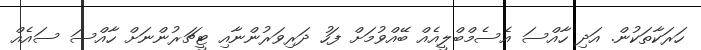
ހަރަކާތަކުން. އަދި ހާއްސަ އެސެމްބްލީއެއް ބޭއްވުމަށް ފަހު ދަރިވަރުންނާއި ޓީޗަރުންނަށް ހާއްސަ ސައެއް